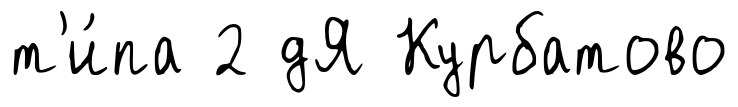
т'и́па 2 дЯ Курбатово